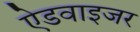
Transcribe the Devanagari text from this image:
ऐडवाइजर